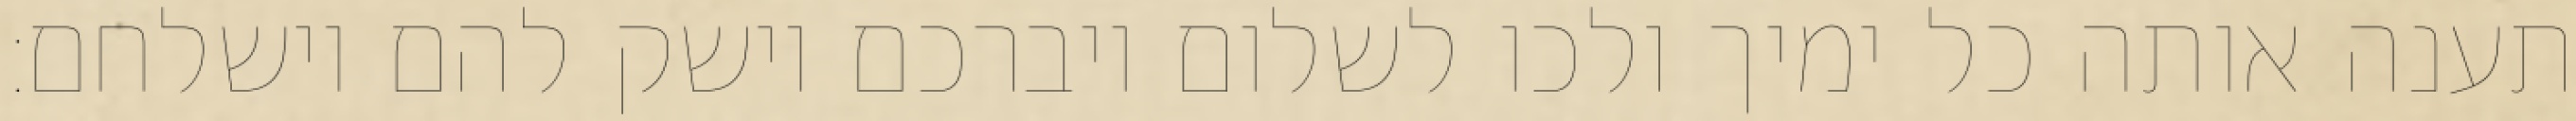
תענה אותה כל ימיך ולכו לשלום ויברכם וישק להם וישלחם: